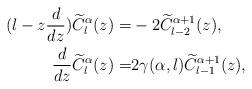
LaTeX: \begin{align*} (l-z \frac{d}{d z}) \widetilde C_l^{\alpha}(z) =& -2 \widetilde C_{l-2}^{\alpha+1}(z), \\\frac d {dz} \widetilde C_l^{\alpha}(z)=&2 \gamma (\alpha,l)\widetilde C_{l-1}^{\alpha+1}(z), \end{align*}